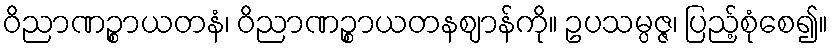
ဝိညာဏဉ္စာယတနံ၊ ဝိညာဏဉ္စာယတနဈာန်ကို။ ဥပသမ္ပဇ္ဇ၊ ပြည့်စုံစေ၍။